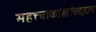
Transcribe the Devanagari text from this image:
महत्त्वाकांक्षांबद्दल